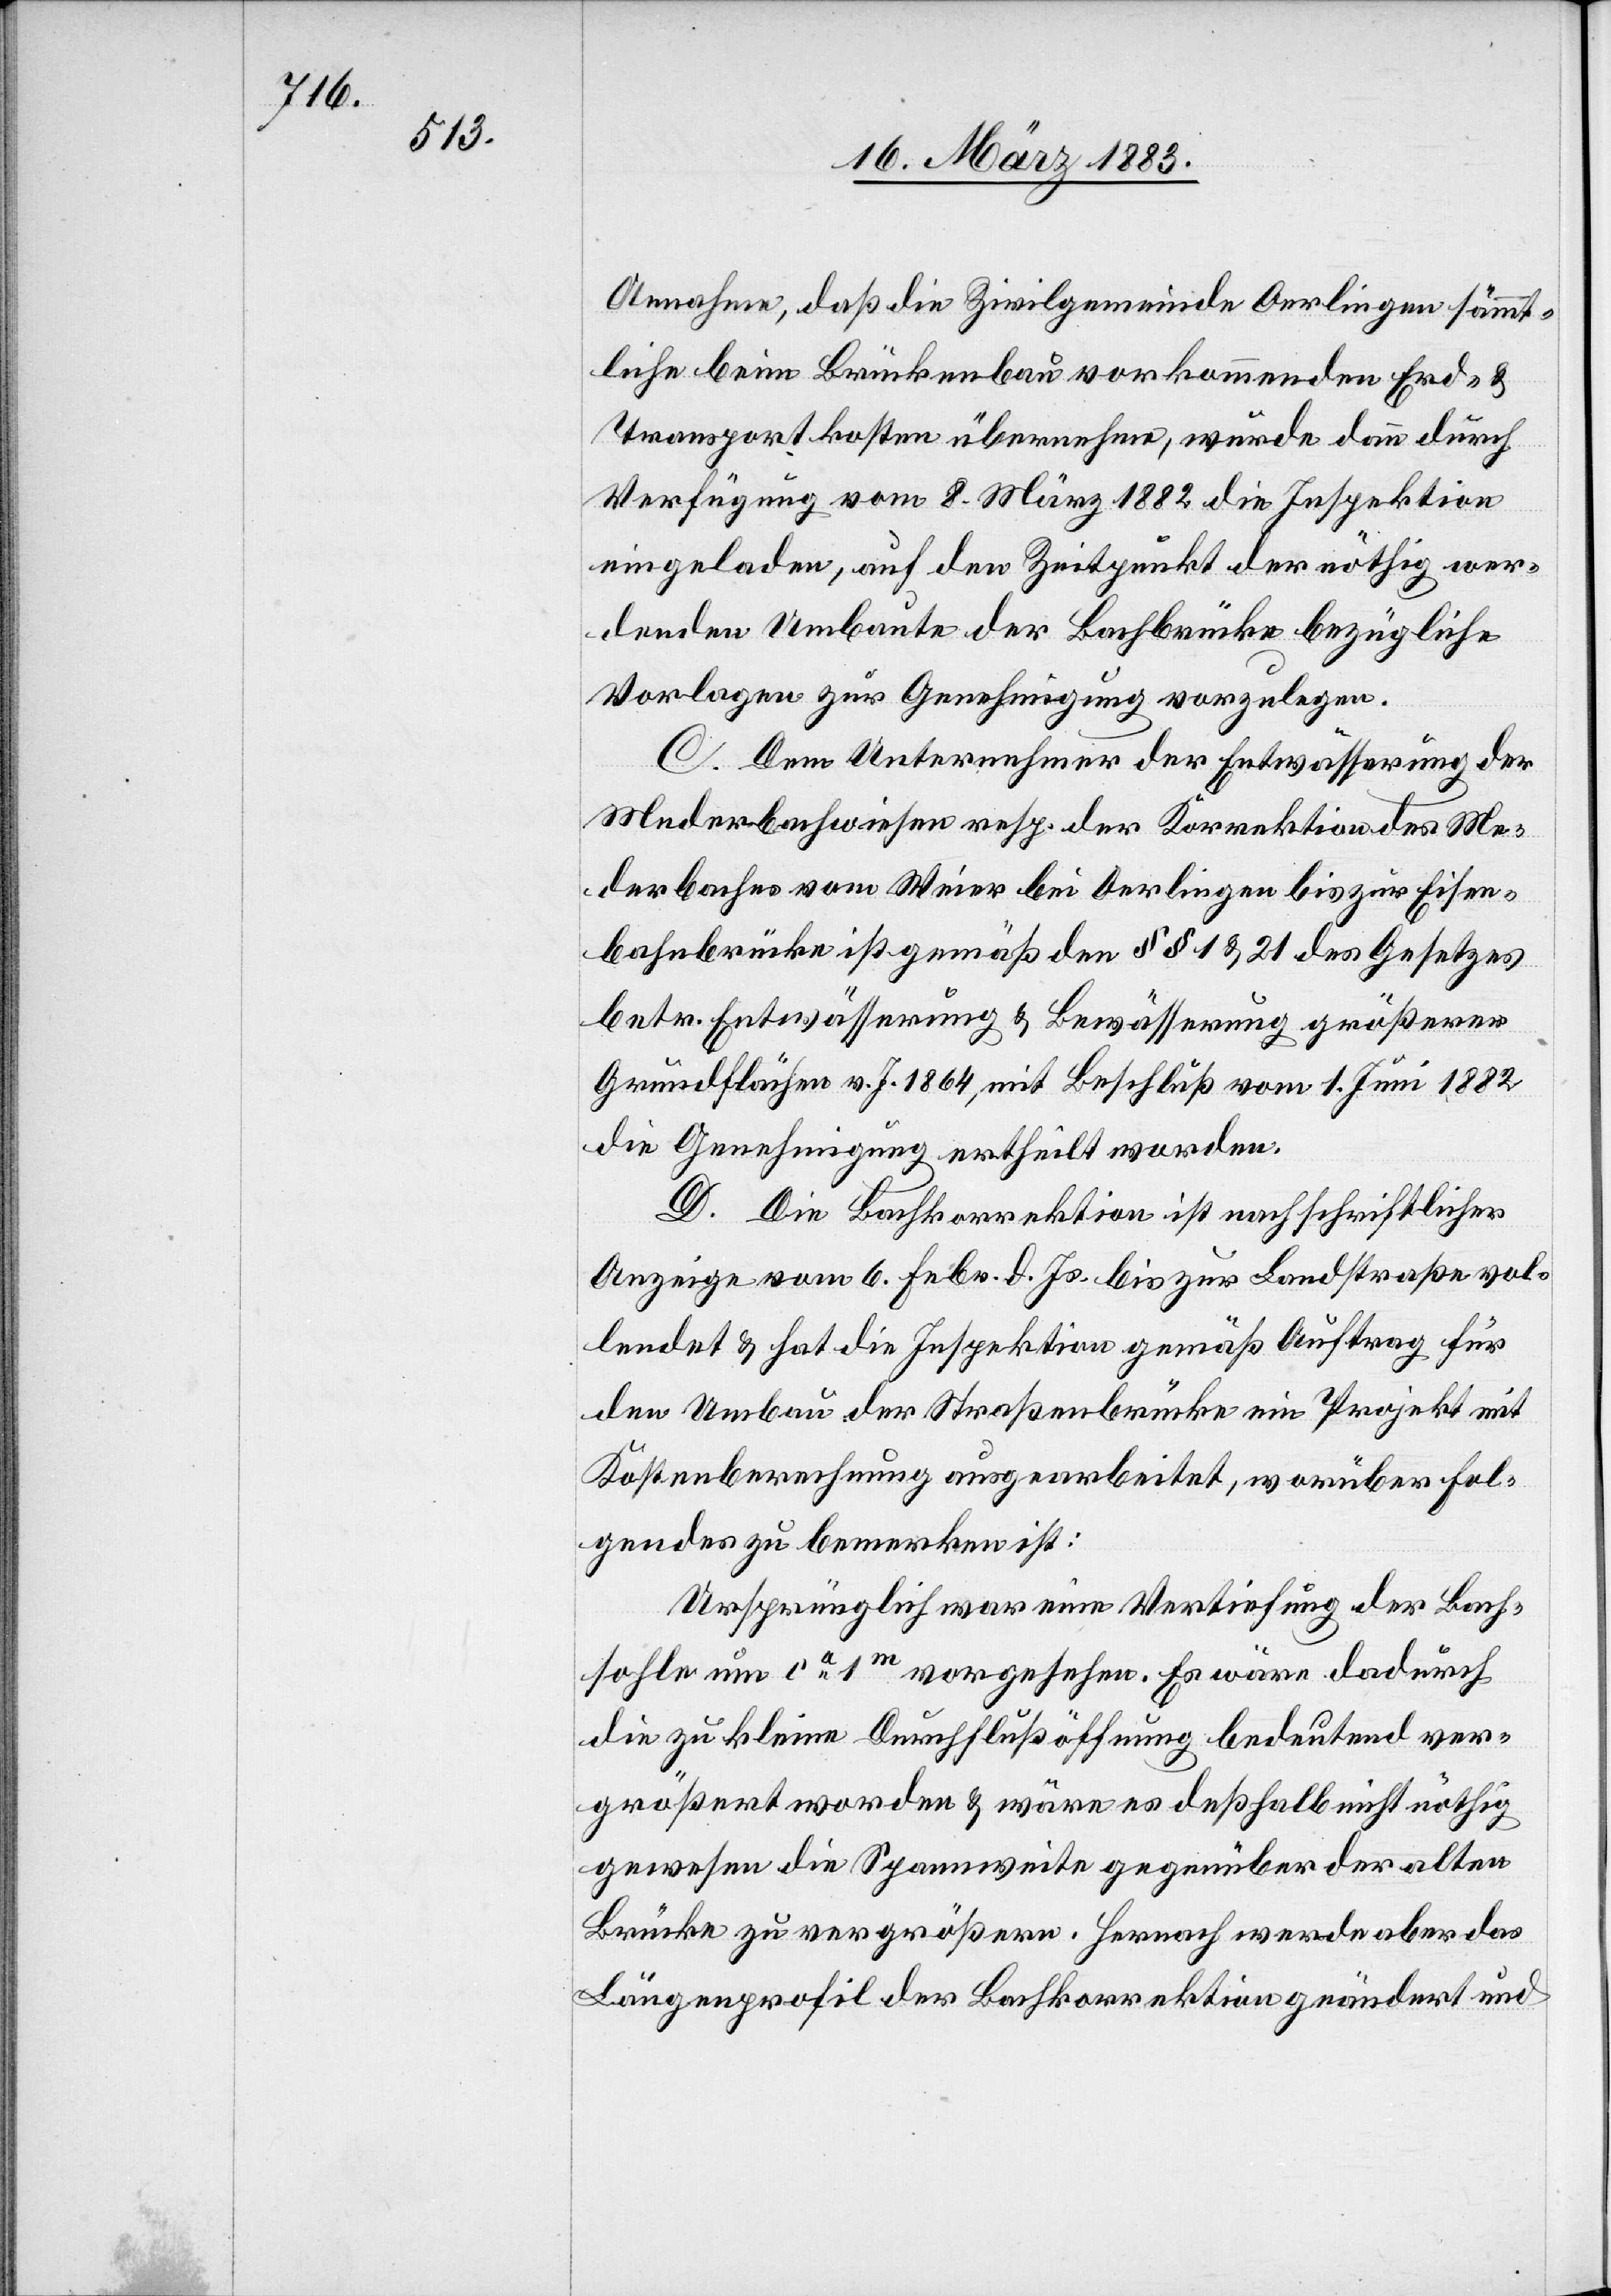
2.

5,